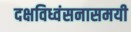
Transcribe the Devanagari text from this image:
दक्षविध्वंसनासमयी